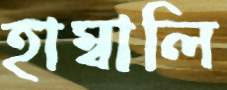
হাম্বালি